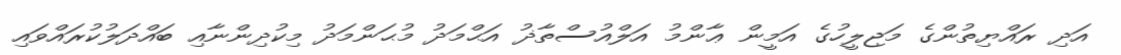
އަދި ރައްޔިތުންގެ މަޖިލީހުގެ އަމީން ޢާންމު އަލްއުސްތާޛު އަޙްމަދު މުޙަންމަދު މިކުދިންނާއި ބައްދަލުކުރައްވައި